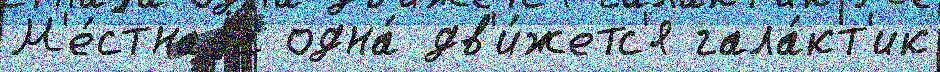
М'е́стнаjа одна́ дв'и́жетс'я гала́кт'ик